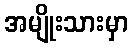
အမျိုးသားမှာ